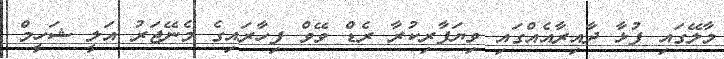
މާލޭގައި ފުޅާ ދާއިރާއެއްގައި ވިޔަފާރިކުރާ ރެޑް ވޭވް ފިހާރައިގެ މެނޭޖަރު އަލީ ޝަހީމް